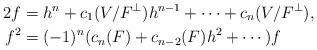
LaTeX: \begin{align*} 2f &= h^n + c_1(V/F^\perp) h^{n-1} + \cdots + c_n(V/F^\perp),\\ f^2 &= (-1)^{n}(c_{n}(F) + c_{n-2}(F)h^2 + \cdots) f\end{align*}